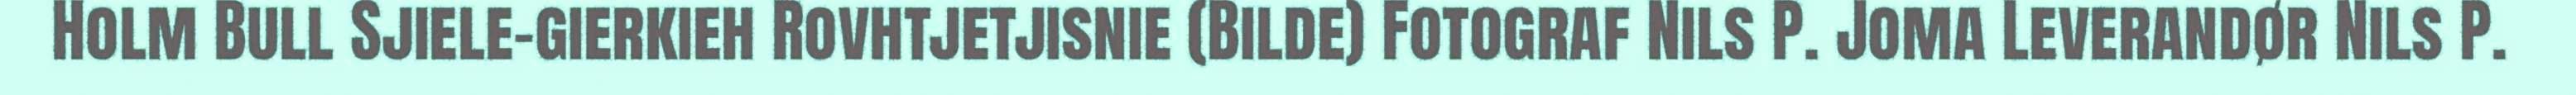
Holm Bull Sjiele-gierkieh Rovhtjetjisnie (Bilde) Fotograf Nils P. Joma Leverandør Nils P.